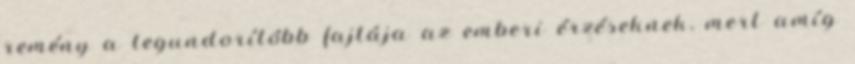
remény a legundorítóbb fajtája az emberi érzéseknek, mert amíg